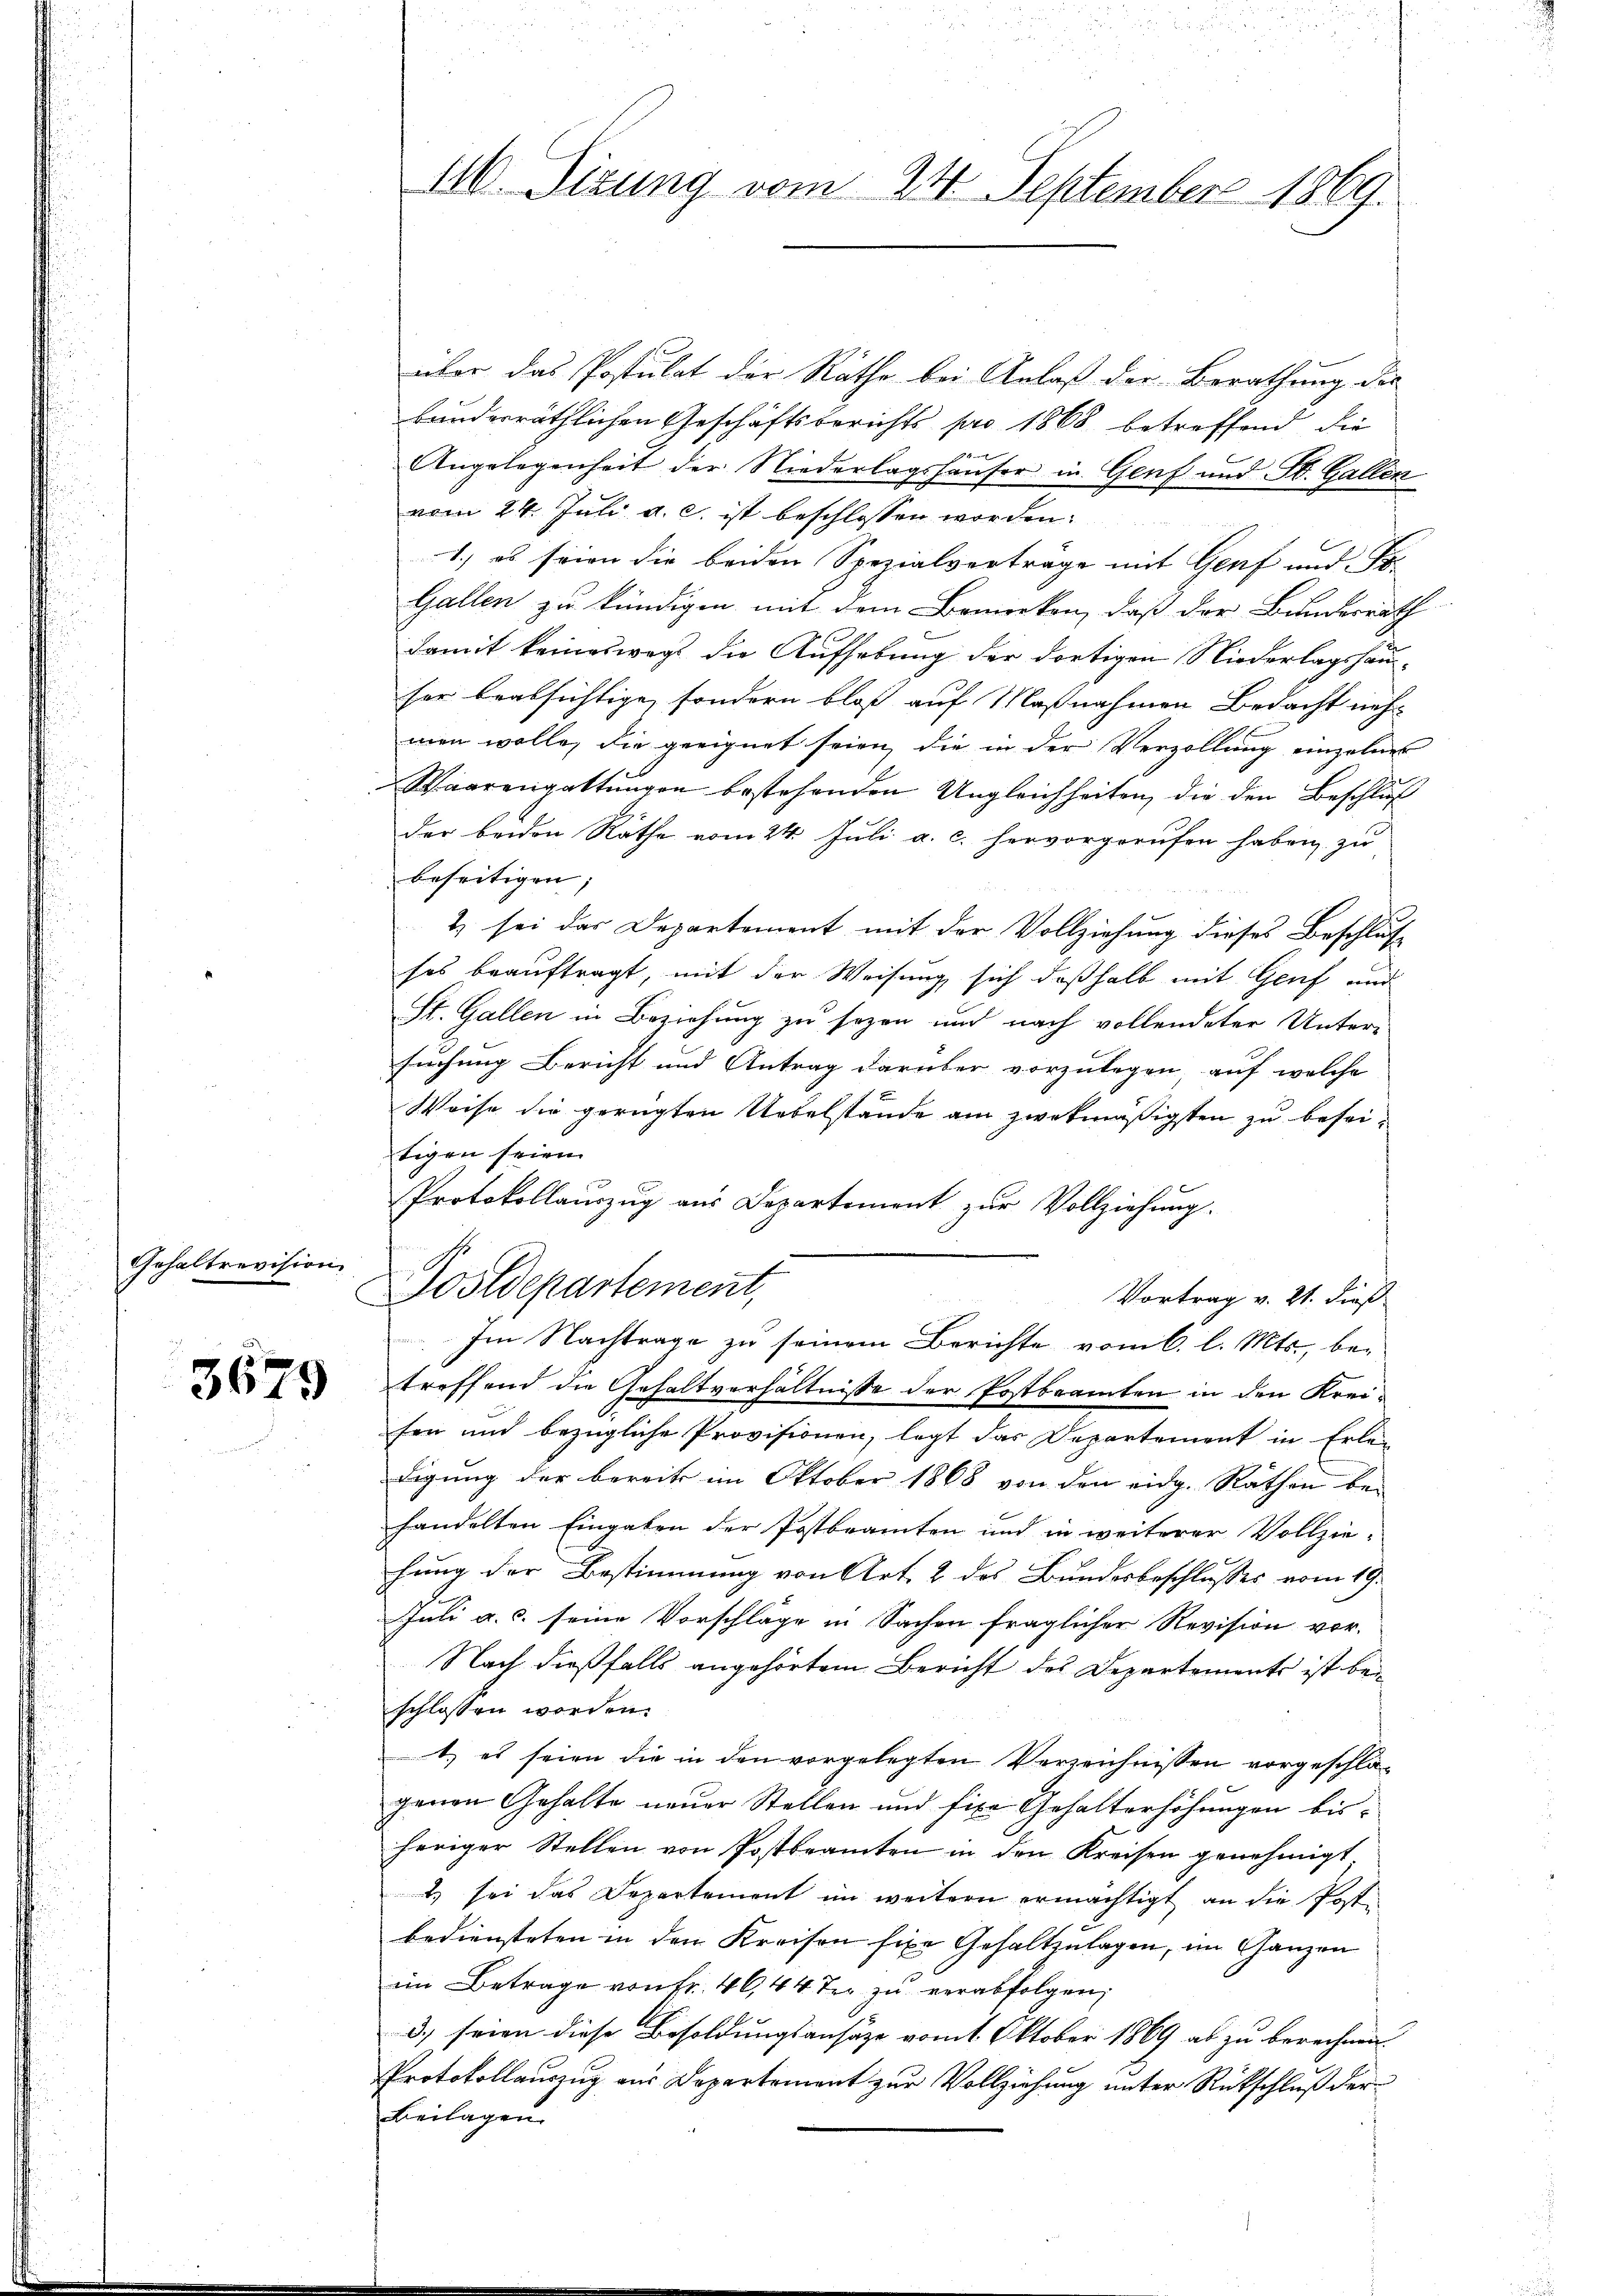
Gehaltrevision,

3679

11. Sizung vom 24. September 1869.

über das Postulat der Räthe bei Anlaß der Berathung des
kunderräthlichen Geschäftsberichts pro 1868 betreffend die
Angelegenheit der Niederlagshäuser in Genf und St. Gallen
vom 24. Juli a. c. ist beschlossen worden.
1.) es seien die beiden Spezialvertrage mit Genf und Po
Gallen zu kündigen mit dem Bewirken, daß der Bundesrath
damit keinesweg die Aufhebung der dortigen Niederlagshauser beabsichtige, sondern bloß auf Maßnahmen Bedacht nehm
men wolle, die geeignet seien, die in der Verzollung einzelner
Waarengattungen bestehenden Ungleichheiten, die den Beschluß
der beiden Räthe vom 24. Juli a. c. hervorgerufen haben zu
beseitigen;
2) sei das Departement mit der Vollziehung dieses Beschlus
ses beauftragt, mit der Weisung sich deßhalb mit Genf und
St. Gallen in Beziehung zu sezen und nach vollendeter Unter-
suchung Bericht und Antrag darüber vorzulegen auf welche
Weise die gerügten Uebelstände am zwekmäßigsten zu beseitigen seien.
Protokollauszug aus Departement zur Vollziehung.
Postdepartement,
Vortrag v. 21. dieß
Im Nachtrage zu seinem Berichte vom 6. l. Mts., be-
treffend die Gehaltverhältnisse der Postbeamten in den Kreifen und bezügliche Provisionen, legt das Departement in Erle-
digung der bereits im Oktober 1868 von den eidg. Räthen behandelten Eingaben der Postbeamten und in weiterer Vollzie-
hung der Bestimmung von Art. 2 des Bundesbeschlusses vom 19.
Juli a.c. seine Vorschläge in Sachen fraglicher Revision vor-
Nach dießfalls angehörtem Bericht des Departements ist beischlossen worden.
1) es seien die in den vorgelegten Verzeichnissen vorgeschlagenen Gehalte neuer Stellen und fixe Gehalterhöhungen bisheriger Stellen von Postbeamten in den Kreisen genehmigt
2) sei das Departement im weitern ermächtigt an die Postbediensteten in den Kreisen fixe Gehaltzulagen, im Ganzen
im Betrage von Fr. 46, 44 der zu verabfolgen,
3.) seien diese Besoldungsansätze vom 1. Oktober 1869 ab zu berechnen.
Protokollauszug aus Departement zur Vollziehung unter Rückschluß der
Beilagen.